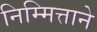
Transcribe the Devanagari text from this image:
निम्मित्ताने